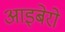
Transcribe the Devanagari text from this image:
आइबेरो